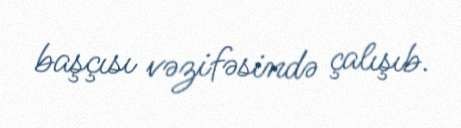
başçısı vəzifəsində çalışıb.